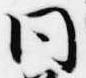
同